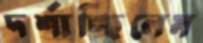
দর্শাচ্ছিলেম